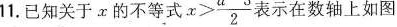
11.已知关于x的不等式 $$x> \frac{a-3}{2}$$ 表示在数轴上如图